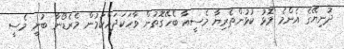
ދުނިޔޭގެ އެންމެ މޮޅު ކުޅުންތެރިޔާ މެސީއާ ބެހޭގޮތުން ވާހަކަދައްކަމުން މެރެޑޯނާ ބުނީ މެސީ